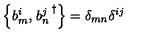
\left\{ b _ { m } ^ { i } , \left. b _ { n } ^ { j } \right. ^ { \dagger } \right\} = \delta _ { m n } \delta ^ { i j }